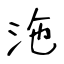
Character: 沲